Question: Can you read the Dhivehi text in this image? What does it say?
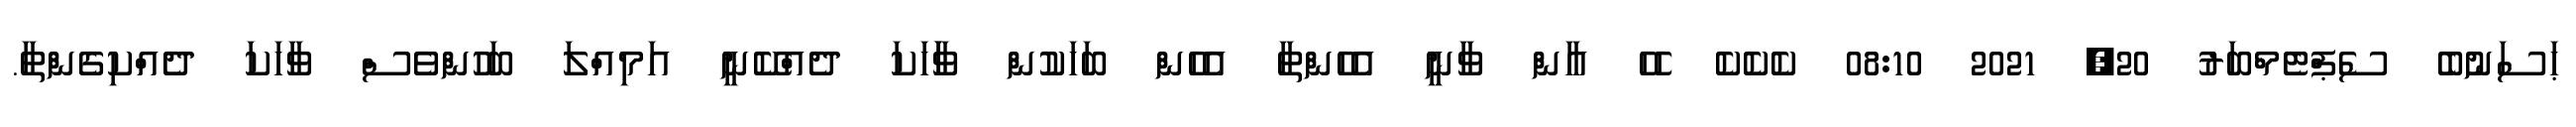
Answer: ޙަސަނުބެ ސެޕްޓެމްބަރު 20, 2021 08:10 ކެކެކެ ހެހެ އާން ވާނީ އެހެންތާ އެހެން ބަހަކުން ވަާހަކަ ދެއްކޭނީ އަމިއްލަ ބަހުންވެސް ވާހަކަ ދެއްކިގެންތާ.